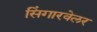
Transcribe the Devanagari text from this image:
सिंगारवेलर